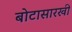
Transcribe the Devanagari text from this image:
बोटासारखी